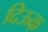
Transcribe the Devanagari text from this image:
दिऊक